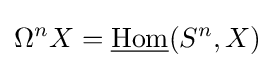
\Omega ^{n}X={\underline {\operatorname {Hom} }}(S^{n},X)